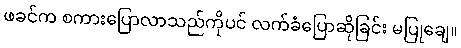
ဖခင်က စကားပြောလာသည်ကိုပင် လက်ခံပြောဆိုခြင်း မပြုချေ။